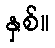
နှစ်။